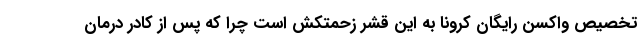
تخصیص واکسن رایگان کرونا به این قشر زحمتکش است چرا که پس از کادر درمان